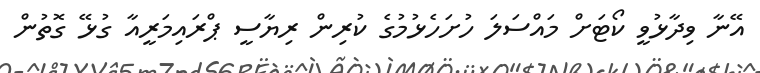
އޭނާ ވިދާޅުވީ ކޯޓަށް މައްސަލަ ހުށަހެޅުމުގެ ކުރިން ރިޔާސީ ޕްރައިމަރީއާ ގުޅޭ ގޮތުން